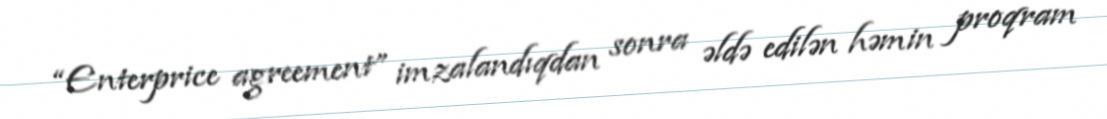
“Enterprice agreement” imzalandıqdan sonra əldə edilən həmin proqram